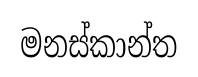
මනස්කාන්ත